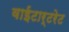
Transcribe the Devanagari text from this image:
वाईटार्टरेट